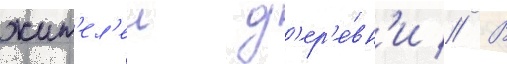
жит'ел'еи д'ер'е́вн'и // В